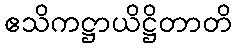
ဧသိကဋ္ဌာယိဋ္ဌိတာတိ